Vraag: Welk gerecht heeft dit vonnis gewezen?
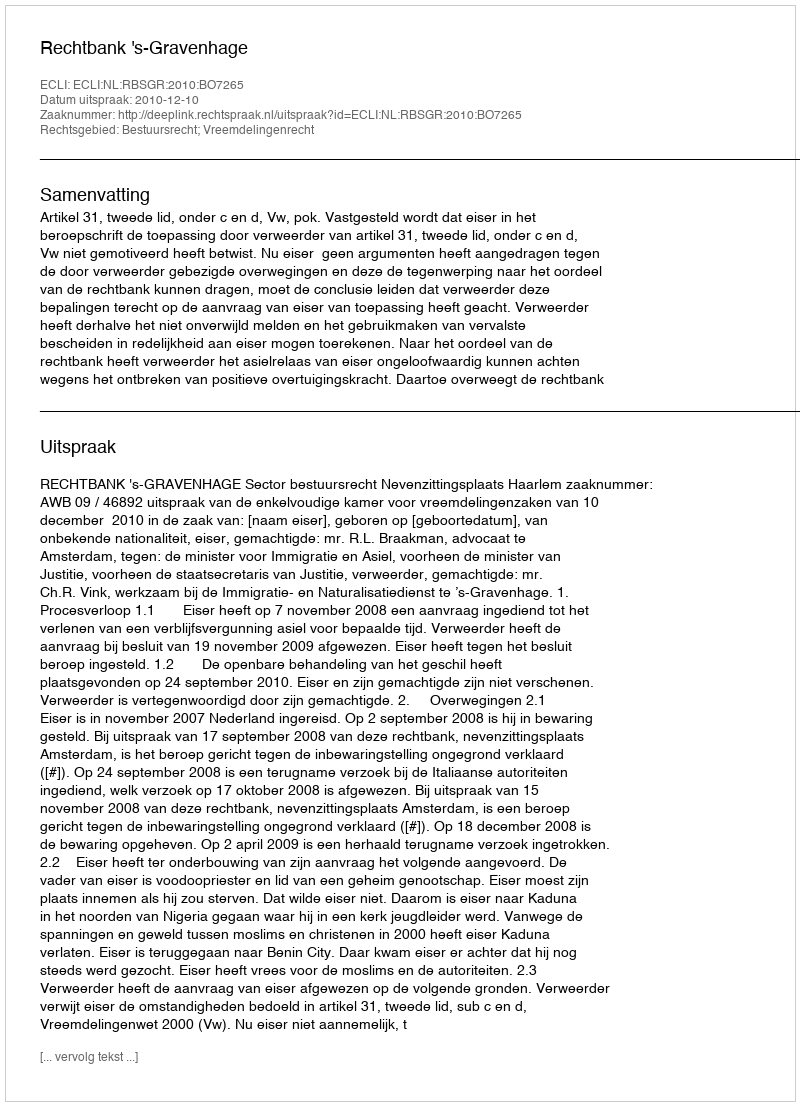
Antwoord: Rechtbank 's-Gravenhage